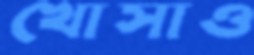
খোসাও